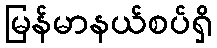
မြန်မာနယ်စပ်ရှိ